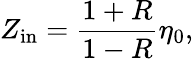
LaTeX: Z_{\mathrm{in}}=\frac{1+R}{1-R}\eta_{0},